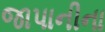
જાપાનીના